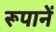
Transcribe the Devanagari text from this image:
रूपानें